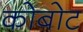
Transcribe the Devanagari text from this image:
कोबोट